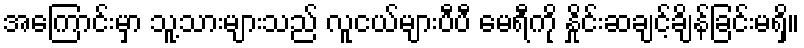
အကြောင်းမှာ သူ့သားများသည် လူငယ်များပီပီ မေရီကို နှိုင်းဆချင့်ချိန်ခြင်းမရှိ။